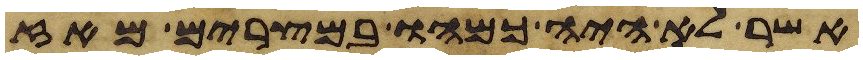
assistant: אשר לא היה כמהו במצרים מאז